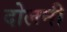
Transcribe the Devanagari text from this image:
दोलनी